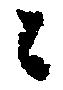
々